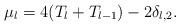
LaTeX: \begin{align*}\mu_l=4(T_{l}+T_{l-1})-2\delta_{l,2}.\end{align*}